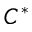
C ^ { \ast }